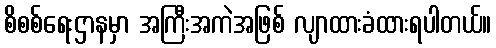
စိစစ်ရေးဌာနမှာ အကြီးအကဲအဖြစ် လျာထားခံထားရပါတယ်။